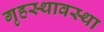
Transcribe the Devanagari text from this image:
गृहस्थावस्था